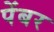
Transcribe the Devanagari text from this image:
पेंबर